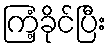
ကြံ့ခိုင်ပြီး